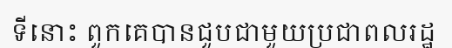
ទីនោះ ពួកគេបានជួបជាមួយប្រជាពលរដ្ឋ